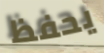
يحفظ